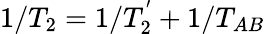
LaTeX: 1/T_{2}=1/T_{2}^{'}+1/T_{AB}